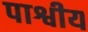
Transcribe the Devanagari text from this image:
पाश्वीय